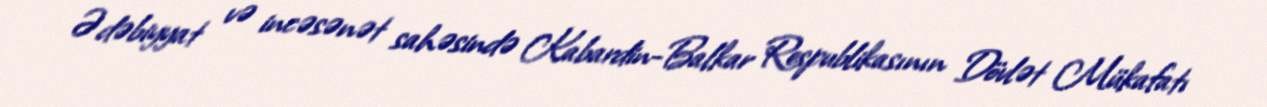
Ədəbiyyat və incəsənət sahəsində Kabardin-Balkar Respublikasının Dövlət Mükafatı